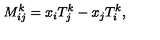
M _ { i j } ^ { k } = x _ { i } T _ { j } ^ { k } - x _ { j } T _ { i } ^ { k } ,